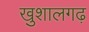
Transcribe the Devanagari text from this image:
खुशालगढ़